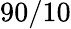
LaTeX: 90/10